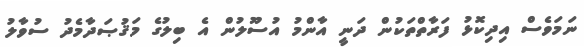
ނަމަވެސް އިދިކޮޅު ފަރާތްތަކުން ދަނީ އާންމު އުސޫލުން އެ ބިލުގެ މަޤުޞަދާމެދު ސުވާލު